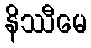
နိဿီမေ